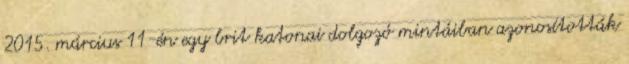
2015. március 11-én egy brit katonai dolgozó mintáiban azonosították